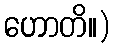
ဟောတိ။)